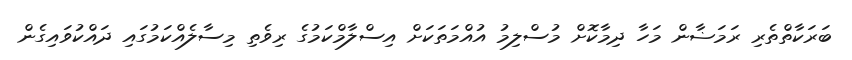
ބަރަކާތްތެރި ރަމަޟާން މަހާ ދިމާކޮށް މުސްލިމު އުއްމަތަކަށް އިސްލާމްކަމުގެ ރިވެތި މިސާލެއްކަމުގައި ދައްކުވައިގެން